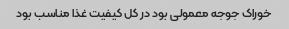
خوراک جوجه معمولی بود در کل کیفیت غذا مناسب بود